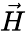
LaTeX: \vec{H}